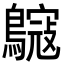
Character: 䳹